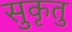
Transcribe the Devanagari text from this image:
सुकृतु